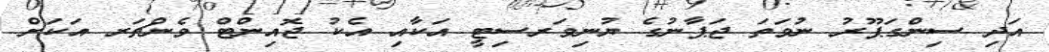
އަދި ސިންގަޕޫރު ނުވަތަ ޖަޕާނުގެ ޔުނިވަރސިޓީ އަކާއި އެކު ޖޮއިންޓް ވެންޗަރ އަކަށް